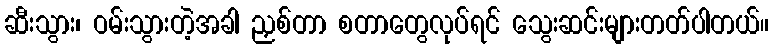
ဆီးသွား၊ ဝမ်းသွားတဲ့အခါ ညှစ်တာ စတာတွေလုပ်ရင် သွေးဆင်းများတတ်ပါတယ်။